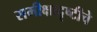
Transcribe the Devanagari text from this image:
समीक्षादृष्टीचे